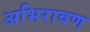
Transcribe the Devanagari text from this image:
अभिरावण